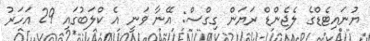
ޔުނައިޓެޑްގެ ލެޖެންޑް ރަޔަން ގިގްސް: އޭނާ ވަނީ އެ ކްލަބުގައި 29 އަހަރު